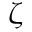
\zeta